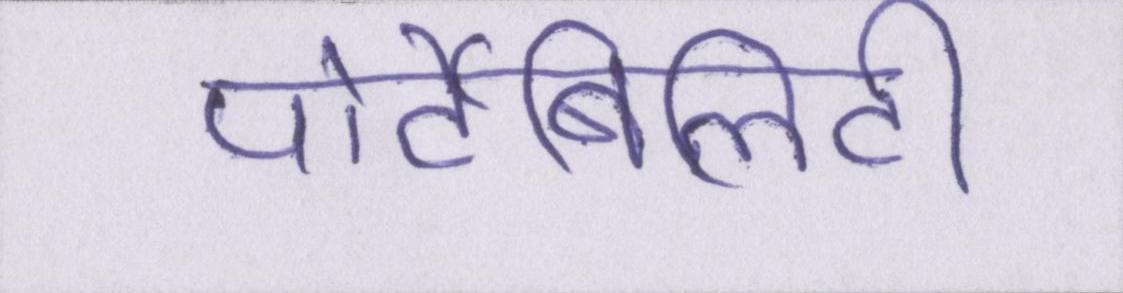
पोर्टेबिलिटी